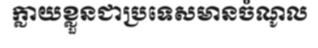
ក្លាយខ្លួនជាប្រទេសមានចំណូល